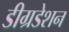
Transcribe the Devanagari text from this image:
डीग्रडेशन